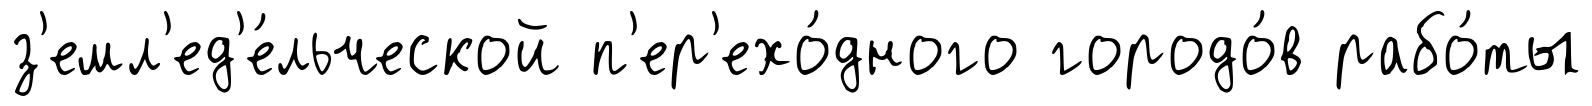
з'емл'ед'е́льческой п'ер'ехо́дного городо́в рабо́ты